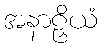
အနာဠှိယံ